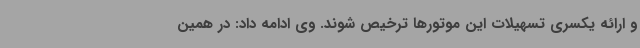
و ارائه یکسری تسهیلات این موتورها ترخیص شوند. وی ادامه داد: در همین